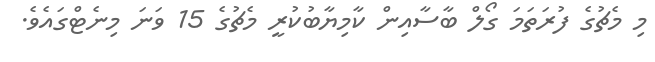
މި މެޗުގެ ފުރަތަމަ ގޯލް ބާސާއިން ކާމިޔާބުކުރީ މެޗުގެ 15 ވަނަ މިނެޓްގައެވެ.